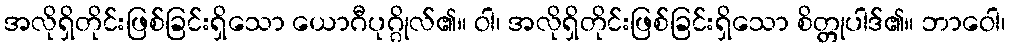
အလိုရှိတိုင်းဖြစ်ခြင်းရှိသော ယောဂီပုဂ္ဂိုလ်၏။ ဝါ၊ အလိုရှိတိုင်းဖြစ်ခြင်းရှိသော စိတ္တုပါဒ်၏။ ဘာဝေါ၊